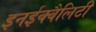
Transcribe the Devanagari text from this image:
इनईक्वैलिटी